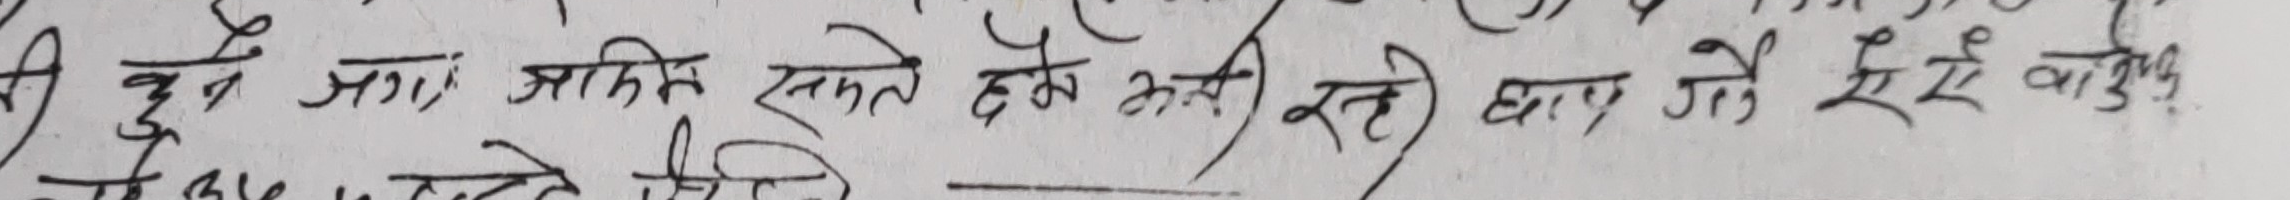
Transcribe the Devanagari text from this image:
की हुने भए आफैले सकते हुने भनी सती थाने है ऐसे बारुहूँ